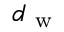
d _ { \mathrm { ~ w ~ } }